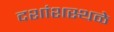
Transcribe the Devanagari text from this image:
दशांशस्थळे